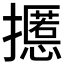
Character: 𰔸